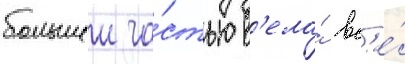
большеи ча́стью в'ела́ вс'е́